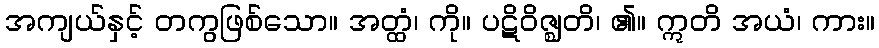
အကျယ်နှင့် တကွဖြစ်သော။ အတ္ထံ၊ ကို။ ပဋိဝိဇ္ဈတိ၊ ၏။ ဣတိ အယံ၊ ကား။